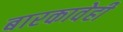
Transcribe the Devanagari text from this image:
बारकावेही